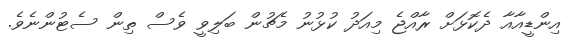
އިންޑީއާއާ ދެކޮޅަށް ރާއްޖެ މިއަދު ކުޅުނު މެޗުން ބަލިވީ ވެސް ތިން ސެޓުންނެވެ.